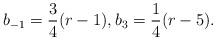
LaTeX: \begin{align*}b_{-1}=\frac 34(r-1),b_3=\frac 14(r-5).\end{align*}